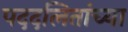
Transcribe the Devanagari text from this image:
पददलितांच्या